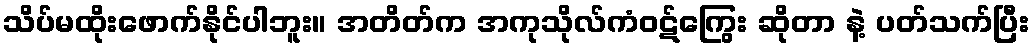
သိပ်မထိုးဖောက်နိုင်ပါဘူး။ အတိတ်က အကုသိုလ်ကံဝဋ်ကြွေး ဆိုတာ နဲ့ ပတ်သက်ပြီး